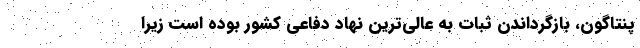
پنتاگون، بازگرداندن ثبات به عالی‌ترین نهاد دفاعی کشور بوده است زیرا